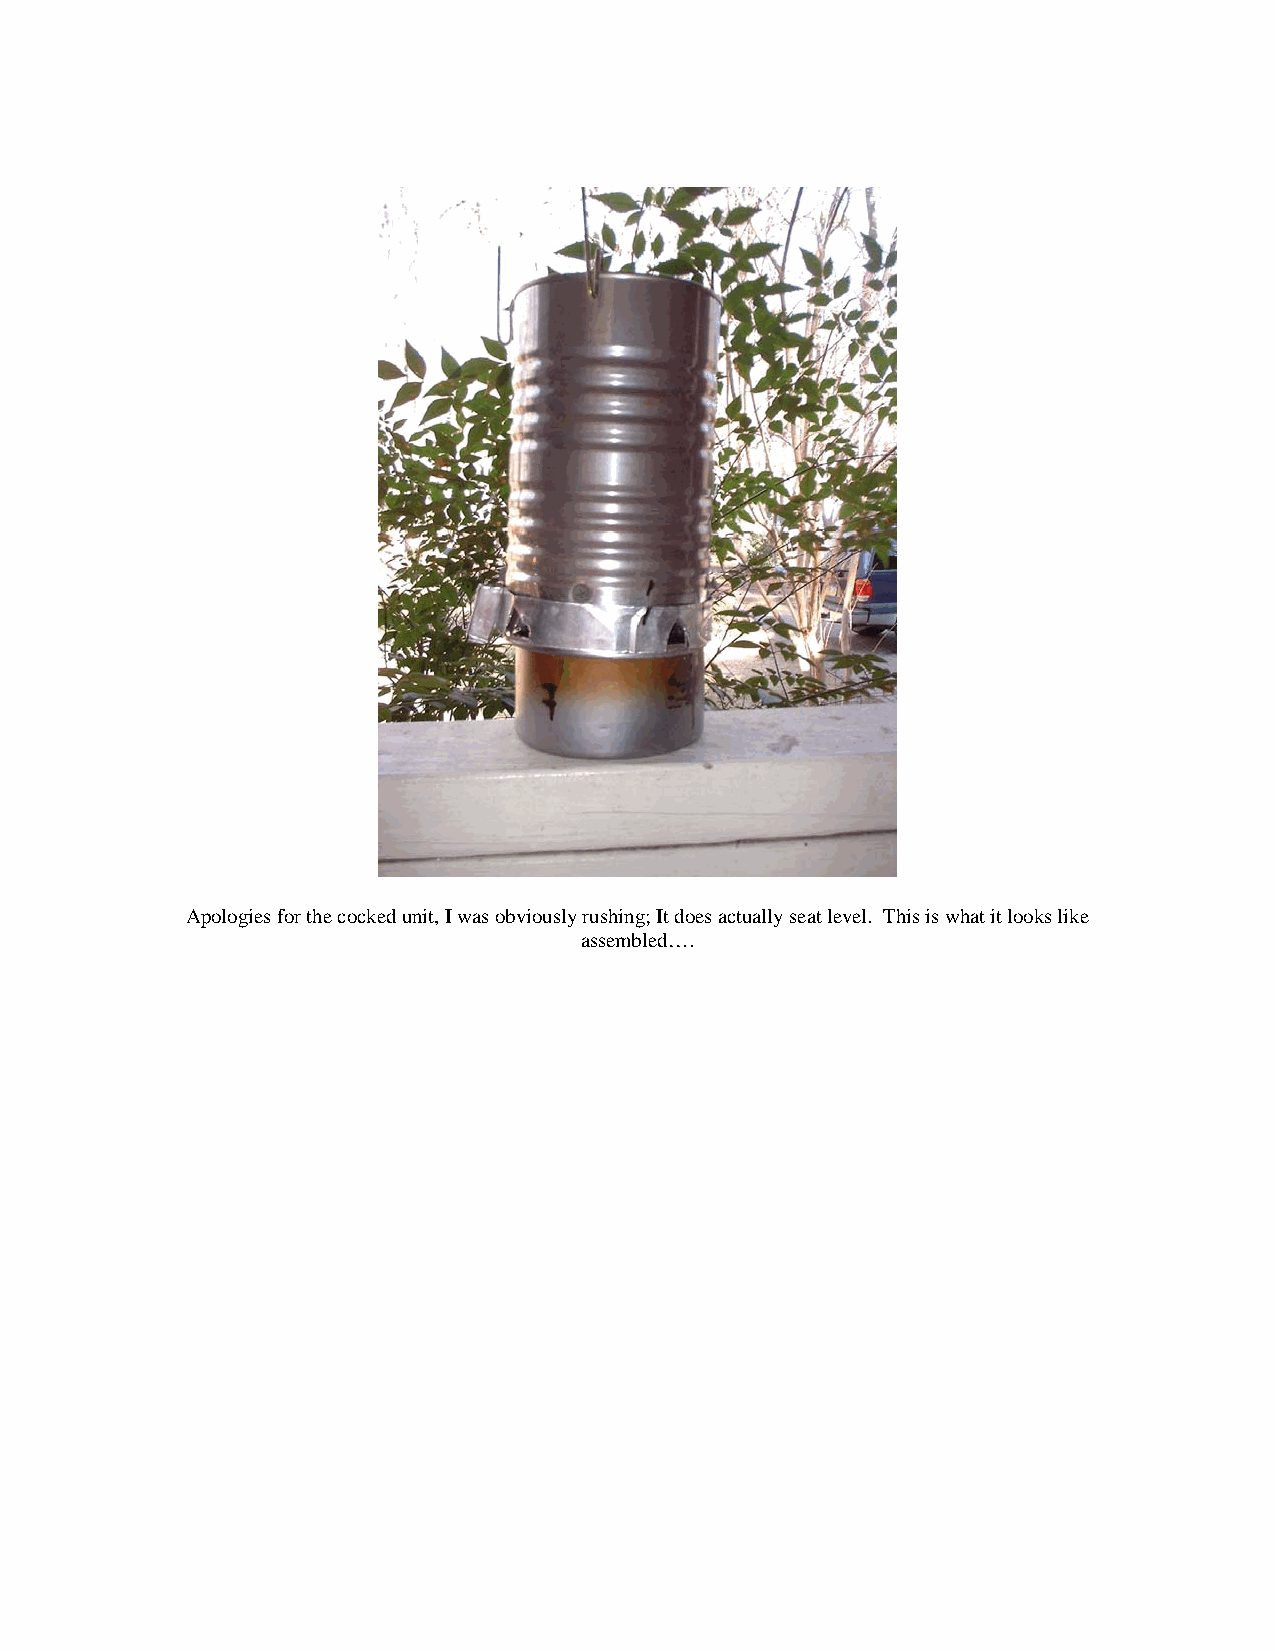
Apologies for the cocked unit, I was obviously rushing; It does actually seat level. This is what it looks like
 assembled….